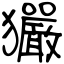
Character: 玁